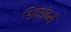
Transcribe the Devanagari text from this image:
शिवशंकरी